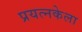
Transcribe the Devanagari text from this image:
प्रयत्नकेला